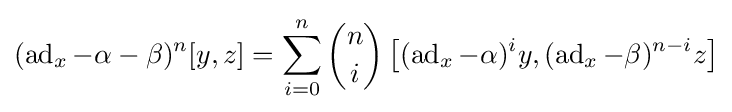
(\operatorname {ad} _{x}-\alpha -\beta )^{n}[y,z]=\sum _{i=0}^{n}{\binom {n}{i}}\left[(\operatorname {ad} _{x}-\alpha )^{i}y,(\operatorname {ad} _{x}-\beta )^{n-i}z\right]